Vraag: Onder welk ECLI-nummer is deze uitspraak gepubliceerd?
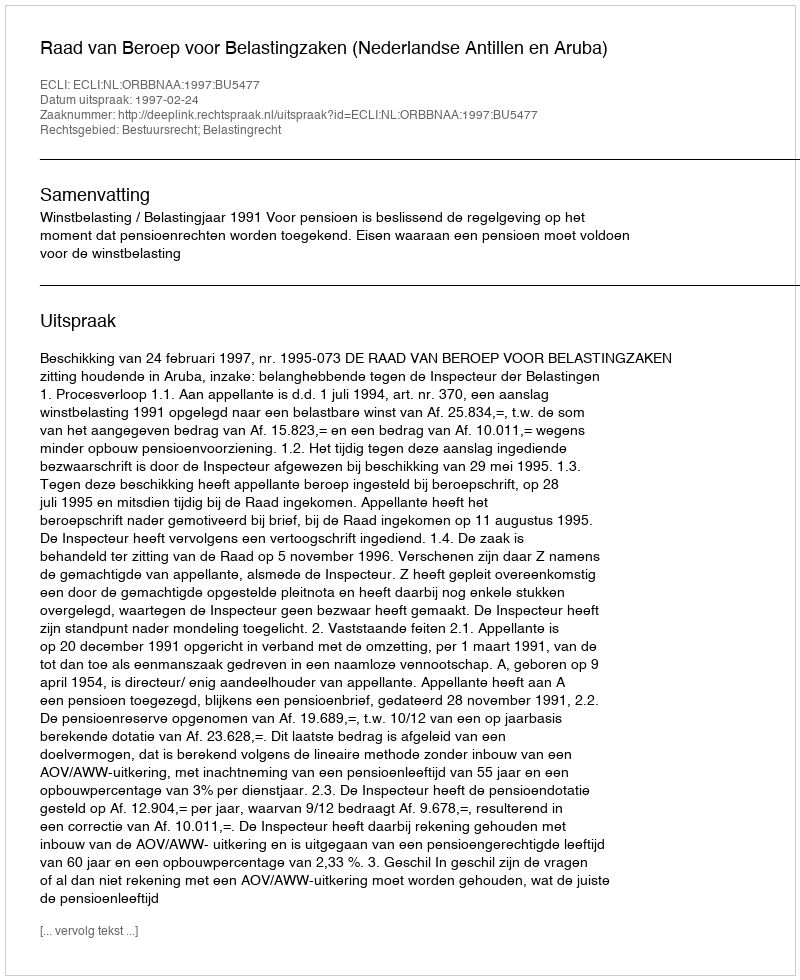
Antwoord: ECLI:NL:ORBBNAA:1997:BU5477